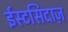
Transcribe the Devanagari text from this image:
ईस्टसिदाज़